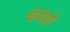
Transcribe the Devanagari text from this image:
चैनेज़े